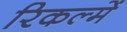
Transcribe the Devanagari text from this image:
रिकल्‍में